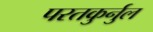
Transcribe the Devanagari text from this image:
परतकुर्नुल